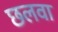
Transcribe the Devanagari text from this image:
छलवा